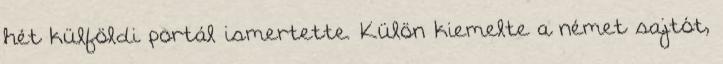
hét külföldi portál ismertette. Külön kiemelte a német sajtót,